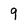
Character: 9